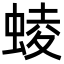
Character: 䗀